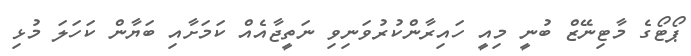
ޕޯޓޯގެ މާޓިނޭޒް ބުނީ މިއީ ހައިރާންކުރުވަނިވި ނަތީޖާއެއް ކަމަށާއި ބަޔާން ކަހަލަ މުޅި